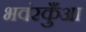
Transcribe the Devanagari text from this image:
भवंरकुँआ